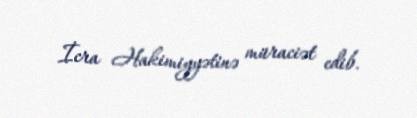
İcra Hakimiyyətinə müraciət edib.